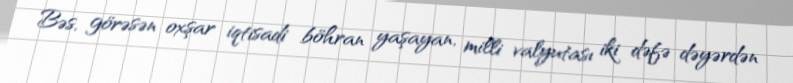
Bəs, görəsən oxşar iqtisadi böhran yaşayan, milli valyutası iki dəfə dəyərdən